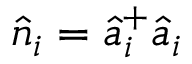
\hat { n } _ { i } = \hat { a } _ { i } ^ { + } \hat { a } _ { i }